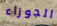
الجوزاء